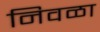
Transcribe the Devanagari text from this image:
निवळा